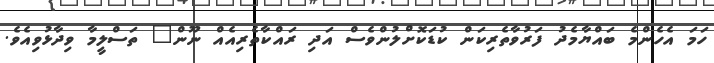
ހަމަ އެހެންމެ ބައްޔާމެދު ފަރުވާތެރިކަން ކުޑަކޮށްލުންވެސް އަދި ރައްކާތެރިއެއް ނޫން" ތަސްލީމާ ވިދާޅުވިއެވެ.